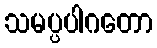
သမပ္ပပါဂတော